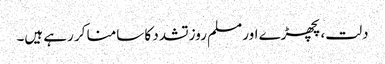
دلت، پچھڑے اور مسلم روز تشدد کا سامنا کر رہے ہیں۔